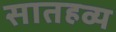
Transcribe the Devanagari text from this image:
सातहव्य